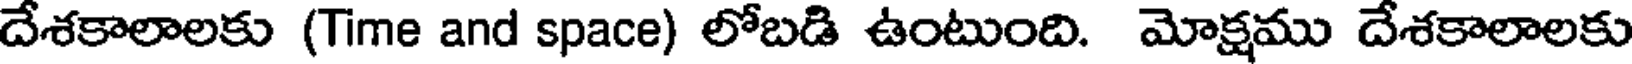
దేశకాలాలకు (Time and space) లోబడి ఉంటుంది. మోక్షము దేశకాలాలకు